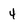
Character: 4